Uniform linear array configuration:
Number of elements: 32
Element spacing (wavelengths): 1
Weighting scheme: uniform
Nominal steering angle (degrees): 30
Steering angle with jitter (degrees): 28.82
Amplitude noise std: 0.05
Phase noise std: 0.05

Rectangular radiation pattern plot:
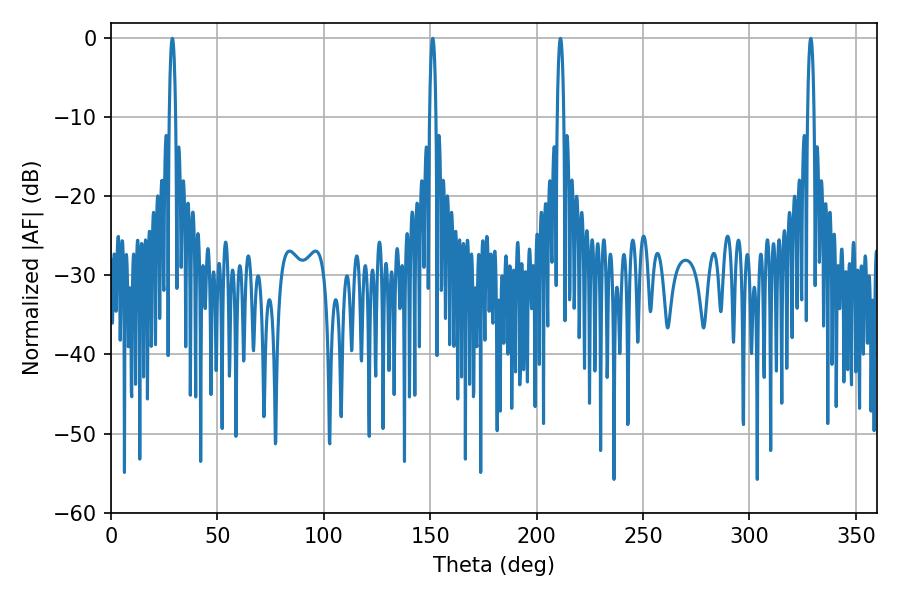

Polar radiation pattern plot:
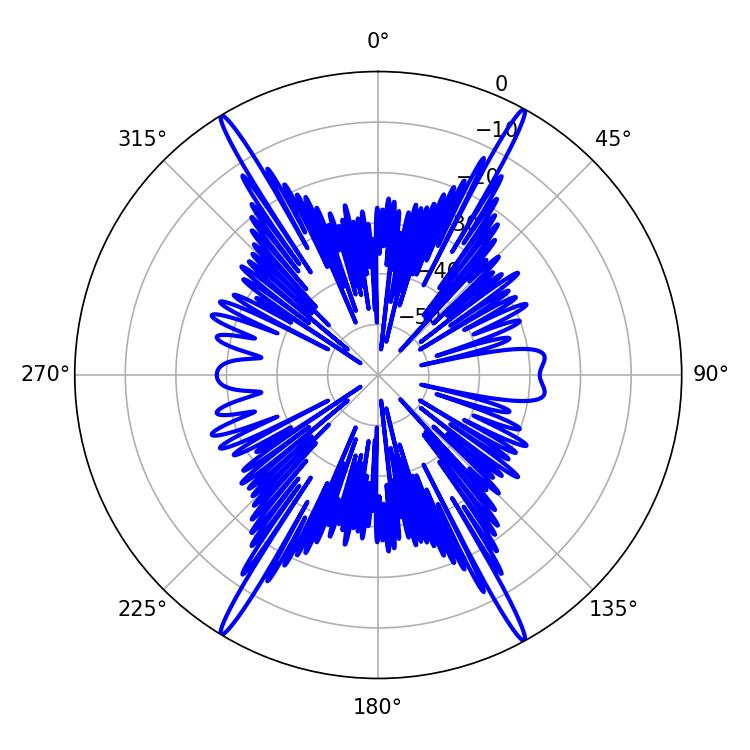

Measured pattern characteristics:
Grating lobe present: TRUE
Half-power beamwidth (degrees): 1.62
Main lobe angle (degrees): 28.8